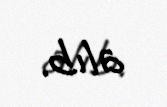
alıb.